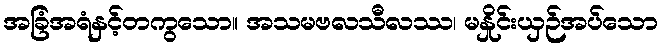
အခြံအရံနှင့်တကွသော။ အသမဗလသီလဿ၊ မနှိုင်းယှဉ်အပ်သော